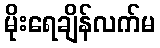
မိုးရေချိန်လက်မ